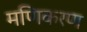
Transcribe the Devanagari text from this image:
मणिकरण